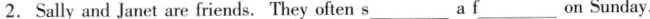
2.Sally and Janet are friends. They often s___a f___on Sunday.